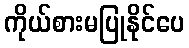
ကိုယ်စားမပြုနိုင်ပေ